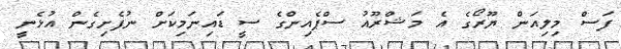
ފަސް މިލިއަން ޔޫރޯގެ އެ މަޝްރޫއު ސްޕެއިންގެ ސީ ޑައިނަމިކަށް ނުފެށިގެން އުޅެނީ